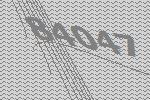
84047